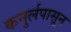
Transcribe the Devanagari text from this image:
कनुर्लपासून